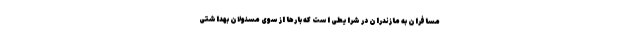
مسافران به مازندران در شرایطی است که بارها از سوی مسئولان بهداشتی